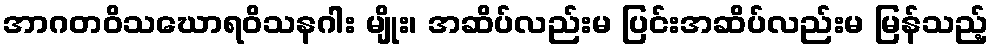
အာဂတဝိသဃောရဝိသနဂါး မျိုး၊ အဆိပ်လည်းမ ပြင်းအဆိပ်လည်းမ မြန်သည့်